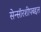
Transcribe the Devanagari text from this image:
सेन्सॉरशीपबद्दल